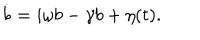
LaTeX: \dot { b } = i \omega b - \gamma b + \eta ( t ) .